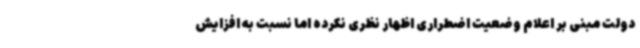
دولت مبنی بر اعلام وضعیت اضطراری اظهار نظری نکرده اما نسبت به افزایش